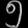
Digit: ၅